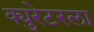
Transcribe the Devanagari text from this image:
क्युरेटरला